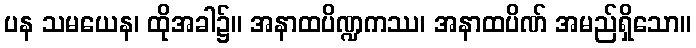
ပန သမယေန၊ ထိုအခါ၌။ အနာထပိဏ္ဍကဿ၊ အနာထပိဏ် အမည်ရှိသော။